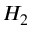
H _ { 2 }